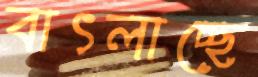
বাৎলাচ্ছে